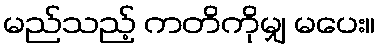
မည်သည့် ကတိကိုမျှ မပေး။